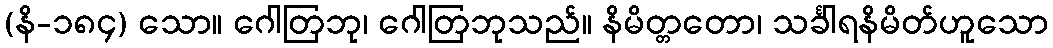
(နိ-၁၈၄) သော။ ဂေါတြဘု၊ ဂေါတြဘုသည်။ နိမိတ္တတော၊ သင်္ခါရနိမိတ်ဟူသော